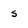
Character: s